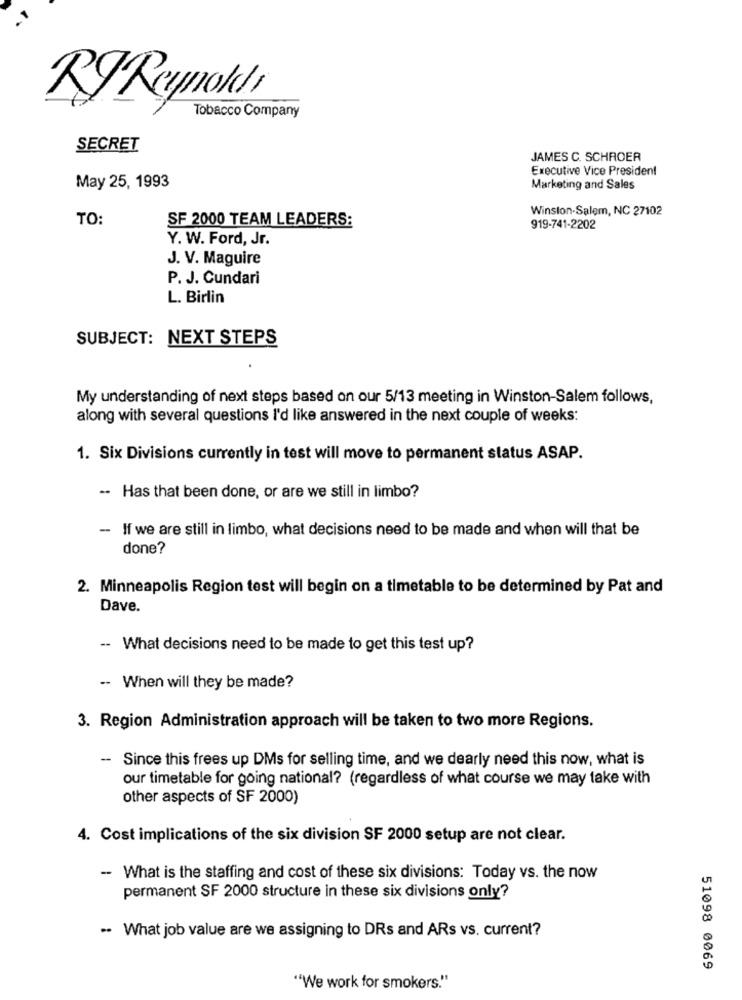
RIReynolds
Tobacco Company
SECRET
JAMES C. SCHROER
Executive Vice President
May 25, 1993
Marketing and Sales
Winston-Salem, NC 27102
TO:
SF 2000 TEAM LEADERS:
919-741-2202
Y. W. Ford, Jr.
J. V. Maguire
P. J. Cundari
L. Birlin
SUBJECT: NEXT STEPS
My understanding of next steps based on our 5/13 meeting in Winston-Salem follows,
along with several questions I'd like answered in the next couple of weeks:
1. Six Divisions currently in test will move to permanent status ASAP.
-- Has that been done, or are we still in limbo?
-- If we are still in limbo, what decisions need to be made and when will that be
done?
2. Minneapolis Region test will begin on a timetable to be determined by Pat and
Dave.
-- What decisions need to be made to get this test up?
-- When will they be made?
3. Region Administration approach will be taken to two more Regions.
- Since this frees up DMs for selling time, and we dearly need this now, what is
our timetable for going national? (regardless of what course we may take with
other aspects of SF 2000)
4. Cost implications of the six division SF 2000 setup are not clear.
- What is the staffing and cost of these six divisions: Today vs. the now
permanent SF 2000 structure in these six divisions only?
- What job value are we assigning to DRs and ARs vs. current?
51098 0069
""We work for smokers."